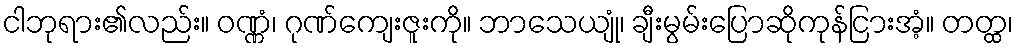
ငါဘုရား၏လည်း။ ဝဏ္ဏံ၊ ဂုဏ်ကျေးဇူးကို။ ဘာသေယျုံ၊ ချီးမွမ်းပြောဆိုကုန်ငြားအံ့။ တတ္ထ၊